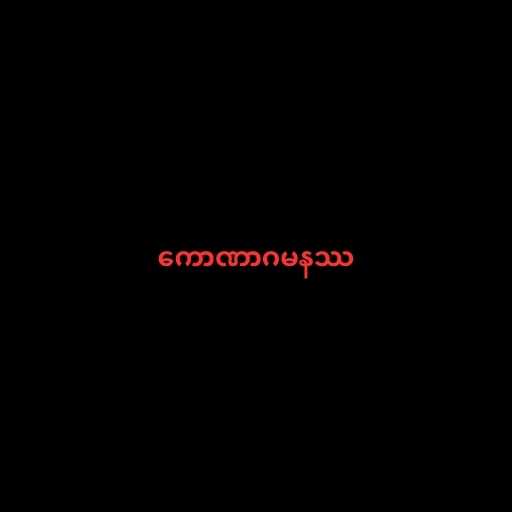
ကောဏာဂမနဿ